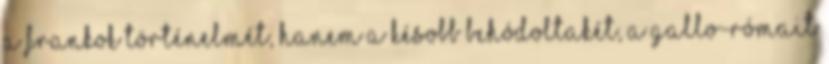
a frankok történelmét, hanem a késobb behódoltakét, a gallo-rómait